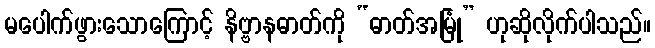
မပေါက်ဖွားသောကြောင့် နိဗ္ဗာနဓာတ်ကို “ဓာတ်အမြုံ” ဟုဆိုလိုက်ပါသည်။